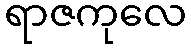
ရာဇကုလေ